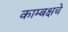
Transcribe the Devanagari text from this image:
काम्बक्षचे